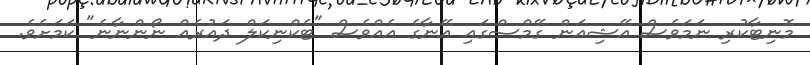
މޮނިޓާކުރި ނަމަވެސް އޭޝިއަން ގޭމްސްގައި އޭނާގެ އެއްވެސް "ޓެކްނިކަލް ދައުރެއް ނޯންނާނެ" ކަމަށެވެ.